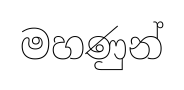
මහණුන්